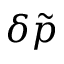
\delta \tilde { p }